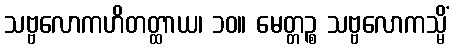
သဗ္ဗလောကဟိတတ္ထာယ၊ ၁၀။ မေတ္တဉ္စ သဗ္ဗလောကသ္မိံ